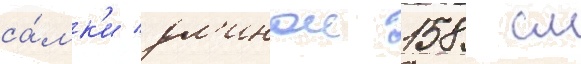
са́мк'и дл'инои 158 см